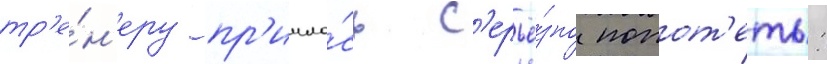
тр'е́н'еру пр'ишло́сь с'ерьё́зно попот'еть: